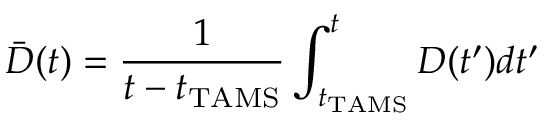
\bar { D } ( t ) = \frac { 1 } { t - t _ { \mathrm { T A M S } } } \int _ { t _ { \mathrm { T A M S } } } ^ { t } D ( t ^ { \prime } ) d t ^ { \prime }